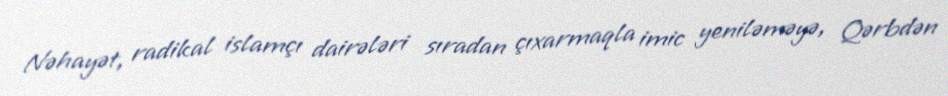
Nəhayət, radikal islamçı dairələri sıradan çıxarmaqla imic yeniləməyə, Qərbdən